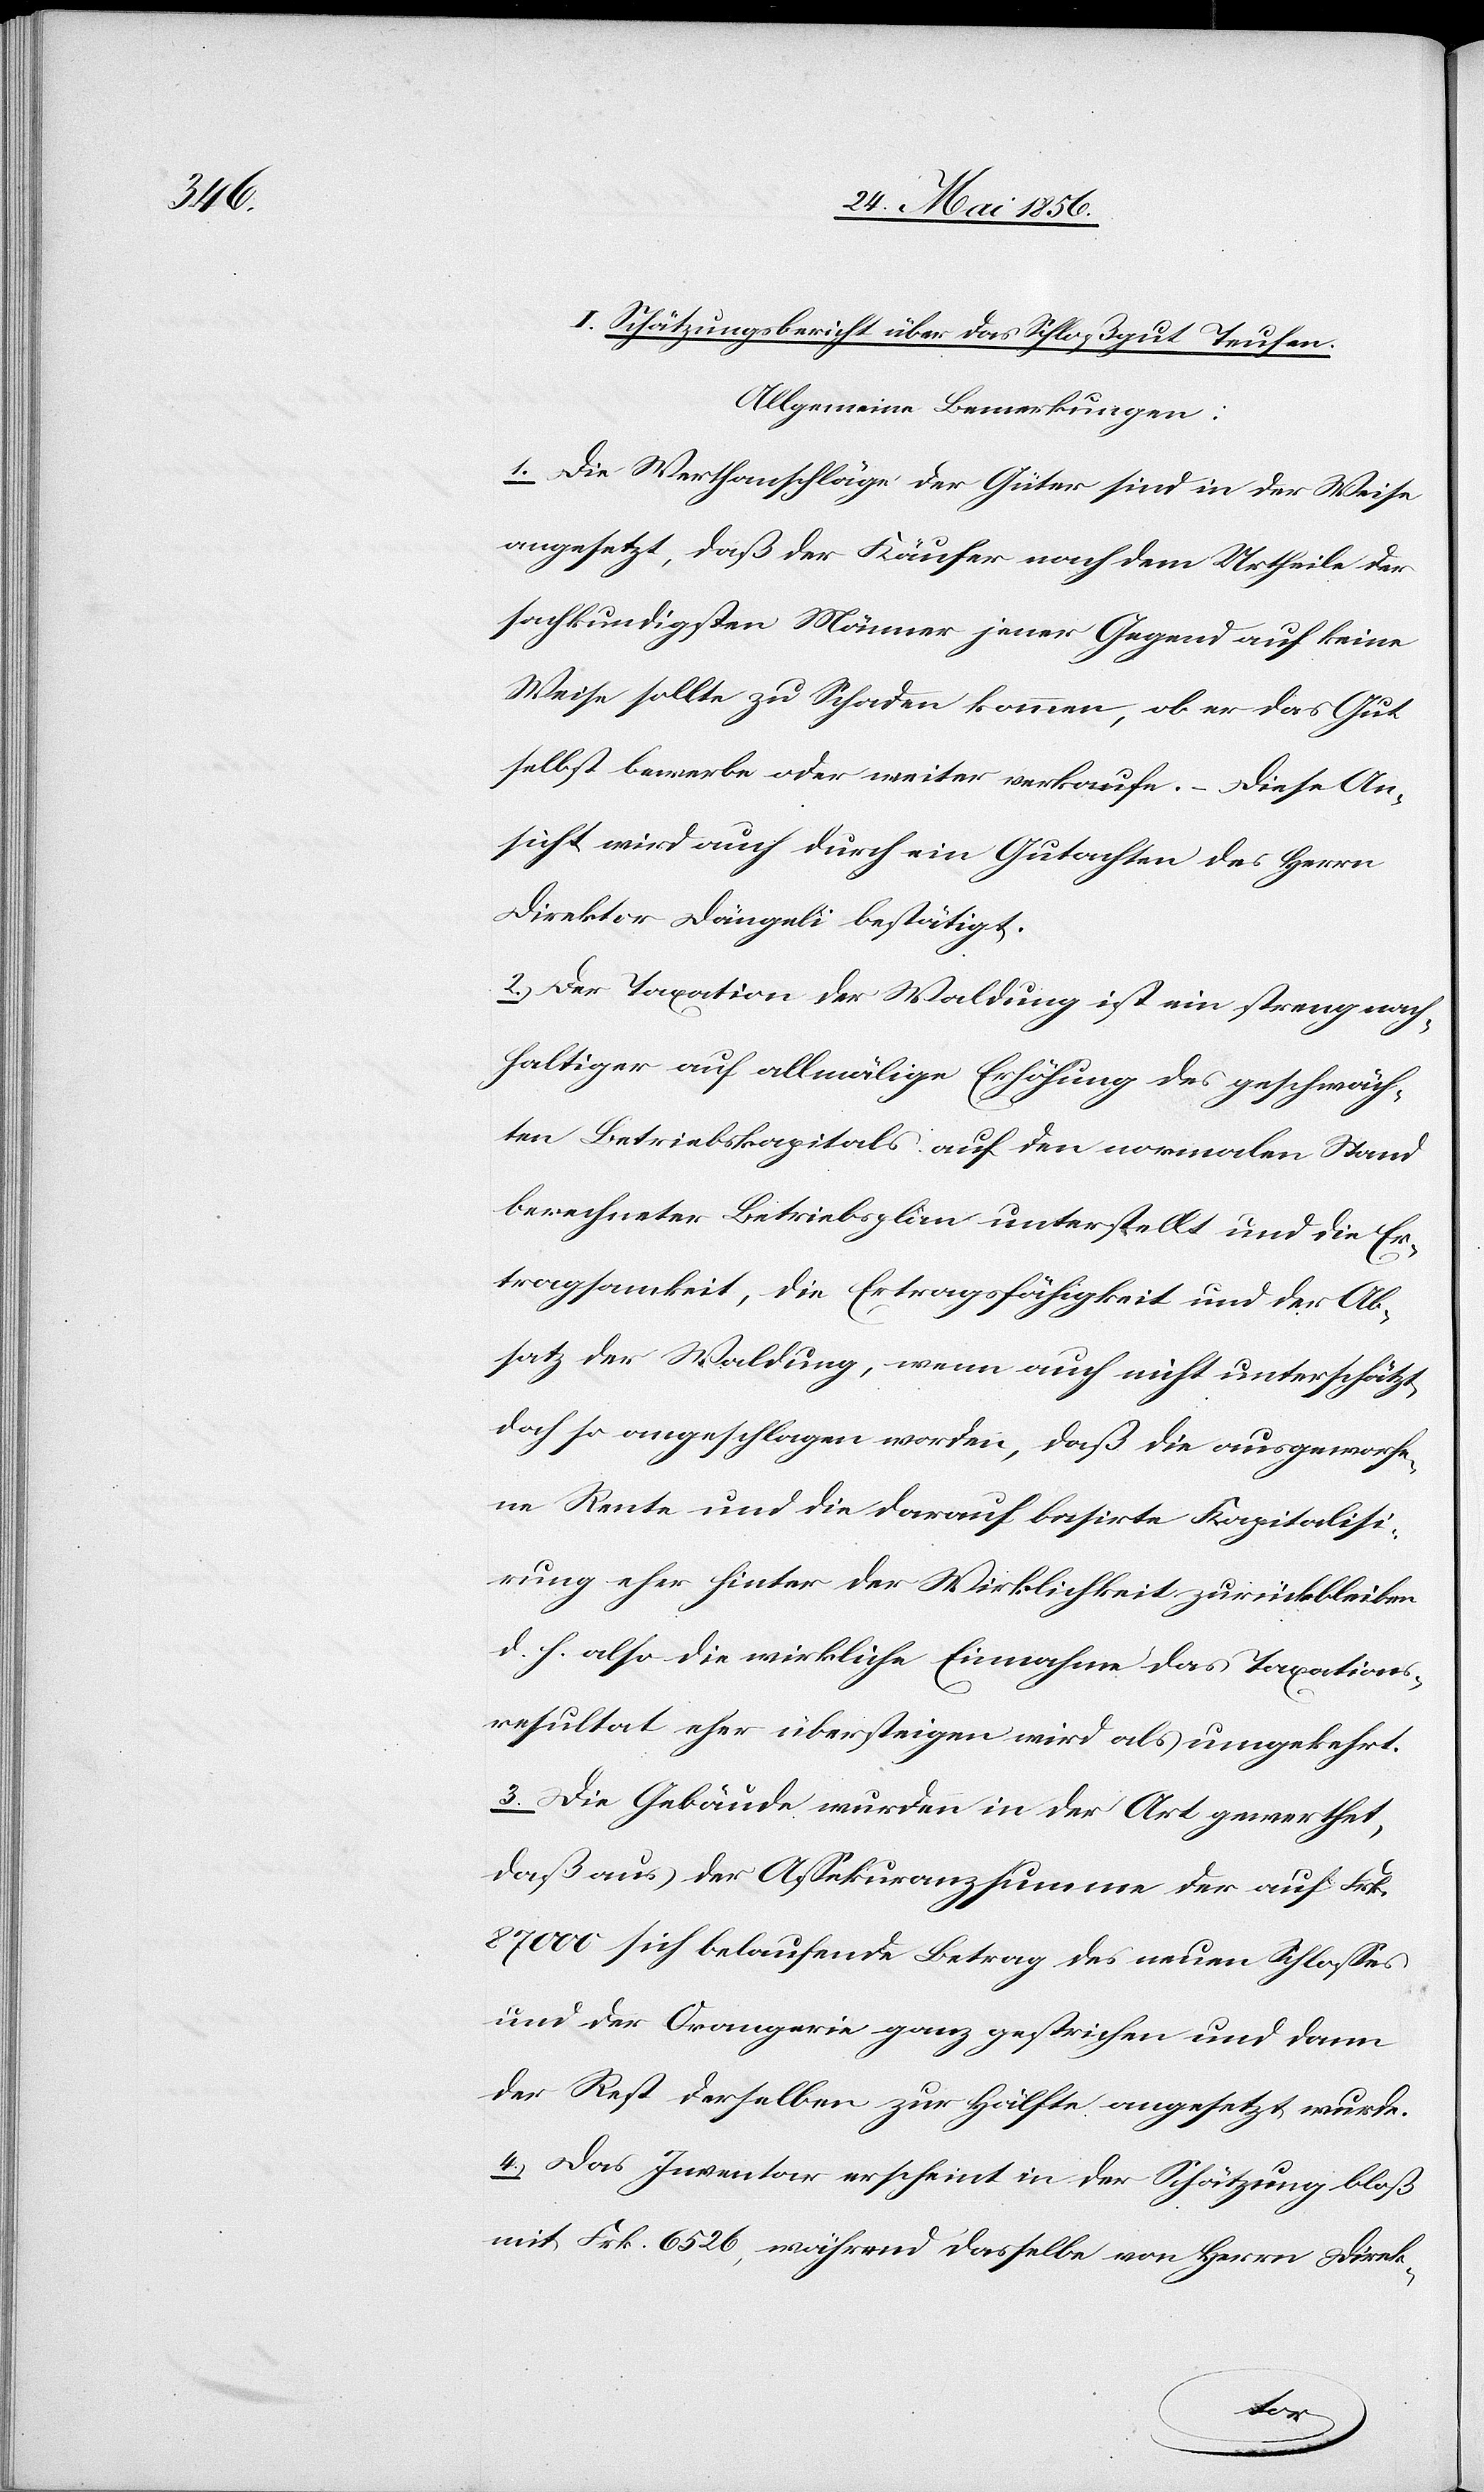
I. Schätzungsbericht über das Schloßgut Teufen.
Allgemeine Bemerkungen:
1. Die Werthanschläge der Güter sind in der Weise
angesetzt, daß der Käufer nach dem Urtheile der
sachkundigsten Männer jener Gegend auf keine
Weise sollte zu Schaden kommen, ob er das Gut
selbst bewerbe oder weiter verkaufe. – Diese An¬
sicht wird auch durch ein Gutachten des Herrn
Direktor Dängeli bestätigt.
2. Der Taxation der Waldung ist ein streng nach¬
haltiger auf allmälige Erhöhung des geschwäch¬
ten Betriebskapitals auf den normalen Stand
berechneter Betriebsplan unterstellt und die Er¬
tragsamkeit, die Ertragsfähigkeit und der Ab¬
satz der Waldung, wenn auch nicht unterschätzt,
doch so angeschlagen worden, daß die ausgeworfe¬
ne Rente und die darauf basirte Kapitalisi¬
rung eher hinter der Wirklichkeit zurückbleiben
d. h. also die wirkliche Einnahme das Taxations¬
resultat eher übersteigen wird als umgekehrt.
3. Die Gebäude wurden in der Art gewerthet,
daß aus der Assekuranzsumme der auf Frk.
87000 sich belaufende Betrag des neuen Schlosses
und der Orangerie ganz gestrichen und dann
der Rest derselben zur Hälfte angesetzt wurde.
4. Das Inventar erscheint in der Schätzung bloß
mit Frk. 6526, während dasselbe von Herrn Direk-